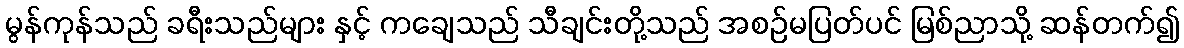
မွန်ကုန်သည် ခရီးသည်များ နှင့် ကချေသည် သီချင်းတို့သည် အစဉ်မပြတ်ပင် မြစ်ညာသို့ ဆန်တက်၍